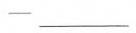
—_____